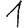
Digit: 1